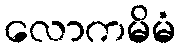
လောကမိမံ